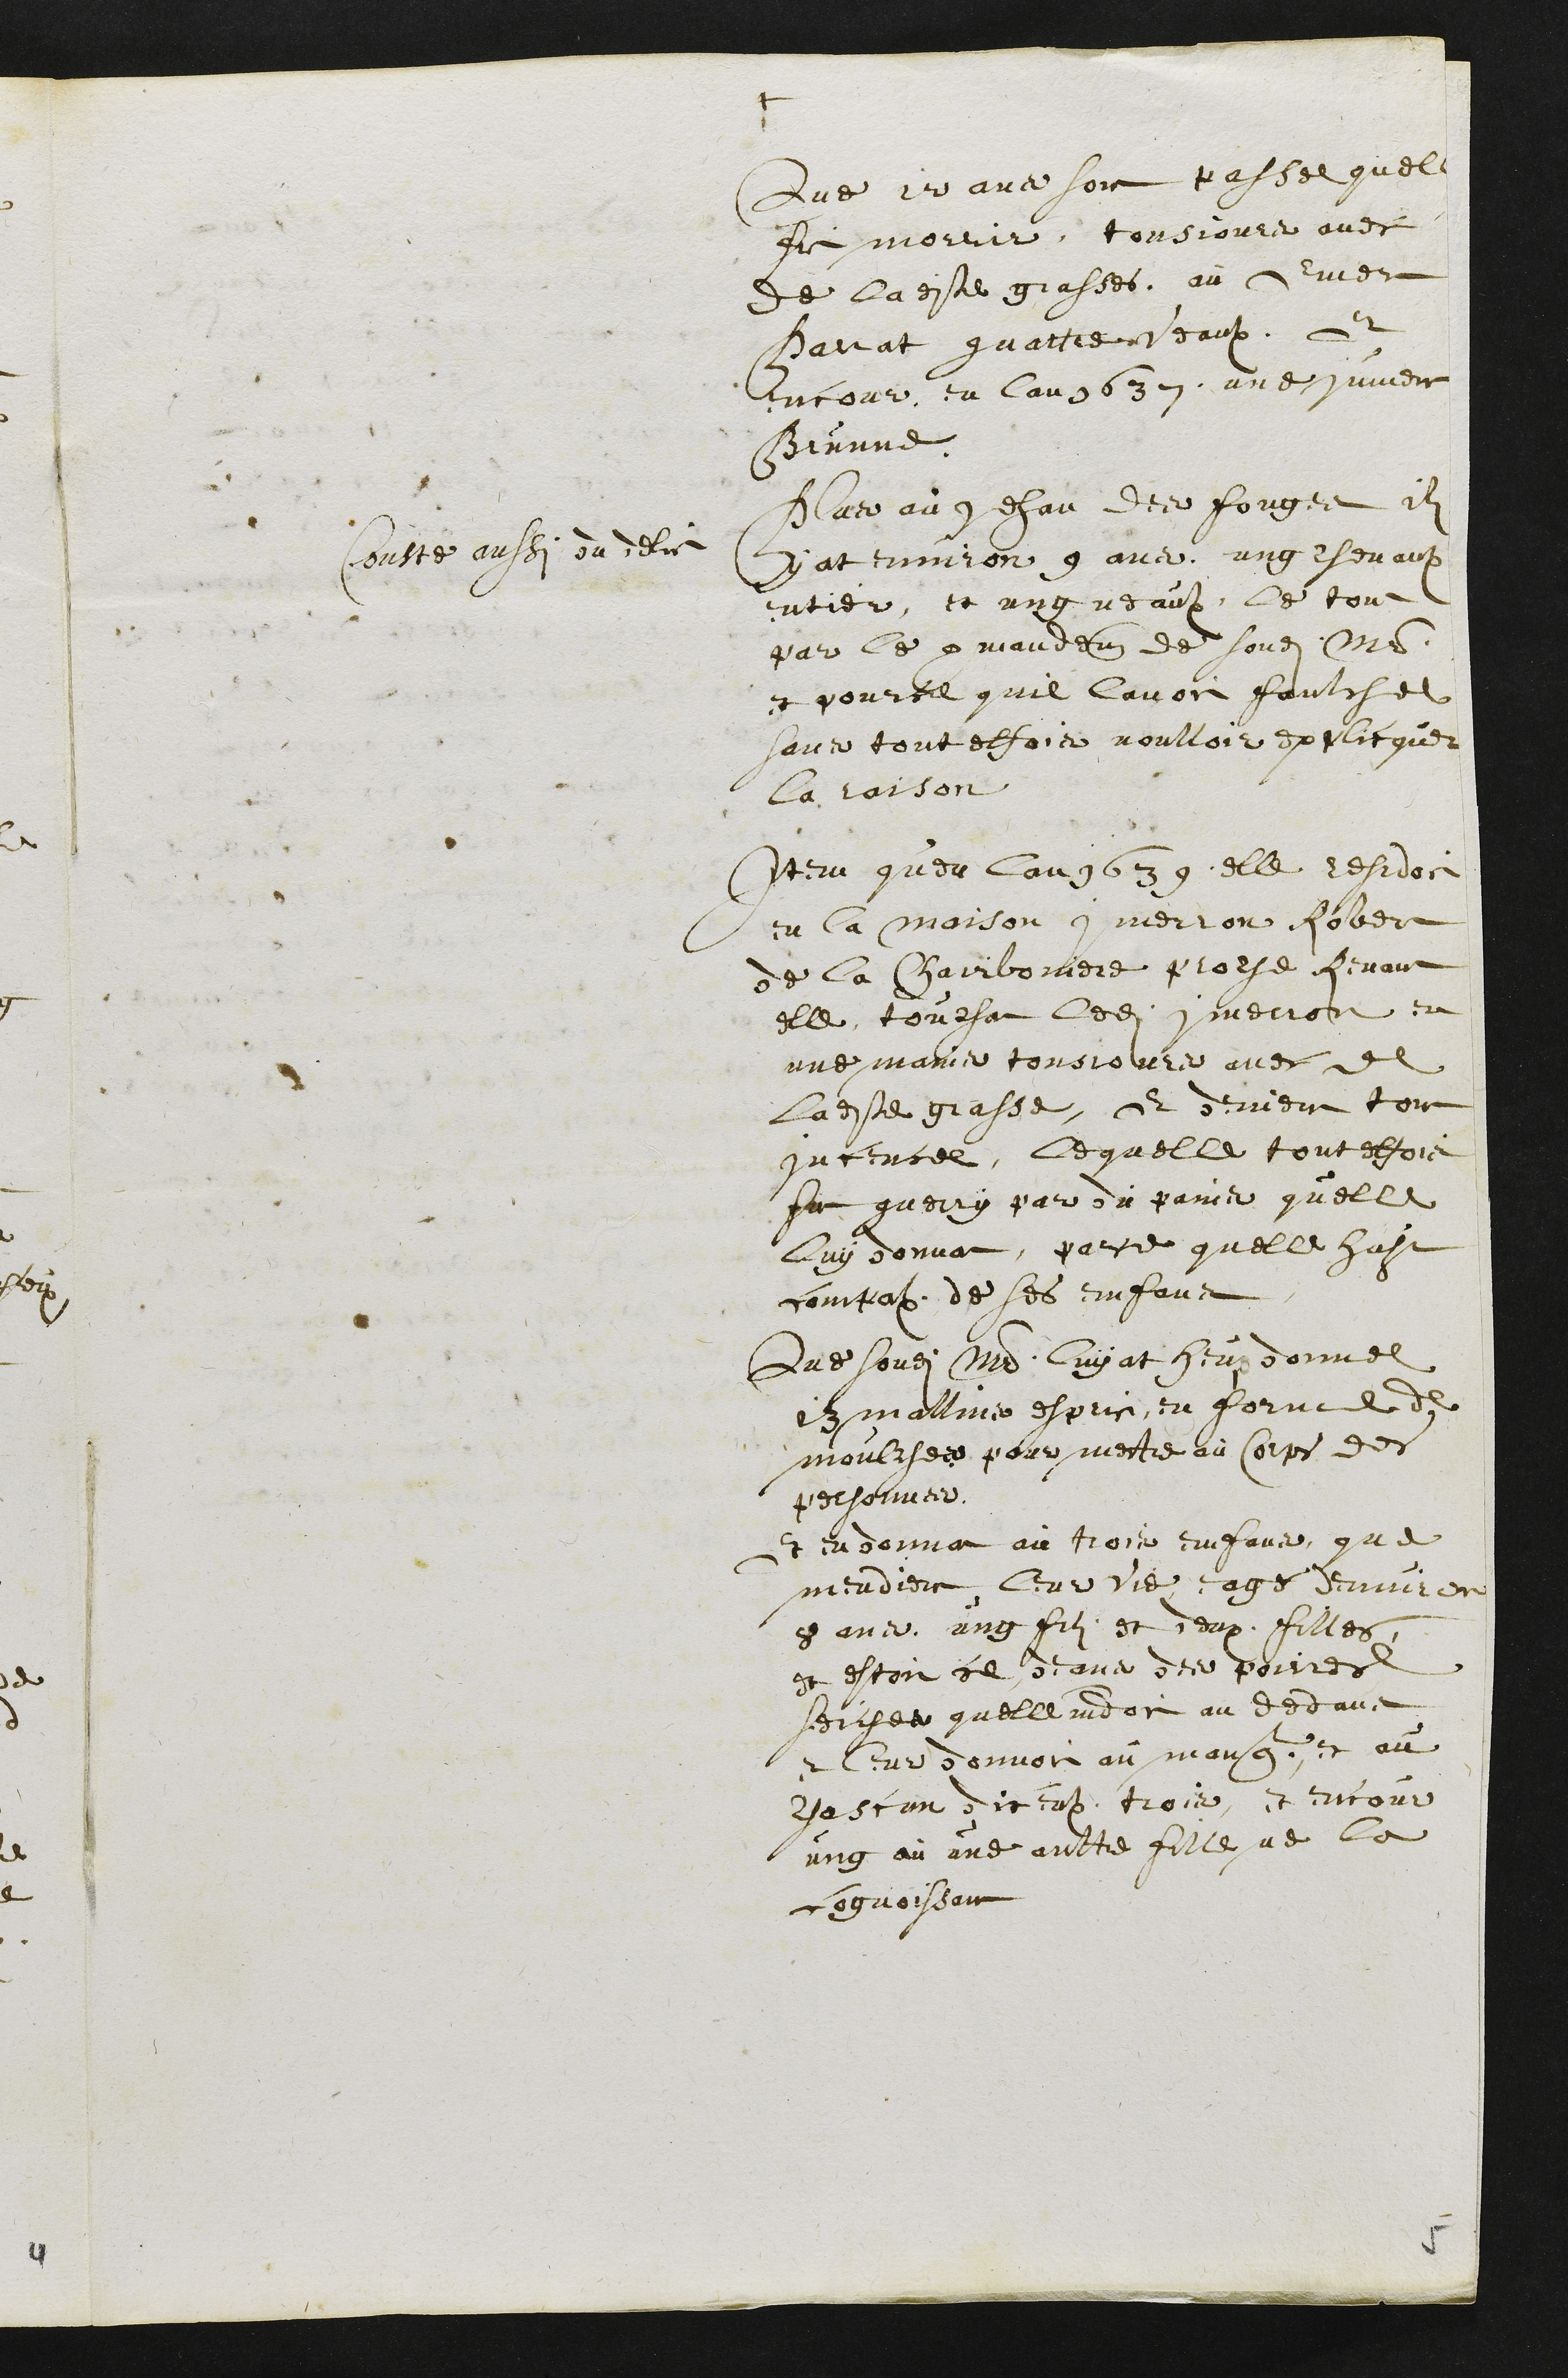
+
Que 12 ans soit passe quelle
fit morrir tousjours avec
de ladite grasses, au Emer
Parrat quattre veaux, et
encour en lan 1637 une jument
Brunne
Conste aussi du delit
Plus au Jehan des Fouges ilz
y at environ 9 ans ung chevaulx
entier, et ung veaulx, le tout
par le commandement de sondit maitre
et pource quil lavoit faulchee
sans touteffois voulloir explicquer
la raison
Item quen lan 1639 elle residoit
en la maison Imerron Robert
de la Charboniere proche Renan
elle touchat ledit Imerron en
une mains tousjours avec de
ladite grasse, et devient tout
Incencee, lequelle touteffois
fut guerry par du pains quelle
luy donnat, parce quelle heust
compassion de ses enfans
Que sondit Maistre luy at heuz donnee
13 mallins esprits, en forme de
moulches pour mettre au corps des
personnes.
Et en donna au trois enfans, que
mendient leur vie eagé denviron
8 ans, ung filz et deux filles
et estoit ce deans des poirres
seiches quelle vidoit au dedans
et leur donnoit au manger, et au
chascun diceulx trois, et encour
ung au une aultre fille ne la
cognoissant
5